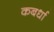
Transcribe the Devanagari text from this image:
कबर्धा